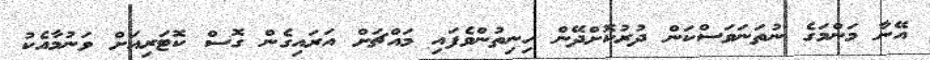
އޭނާ މަންމަގެ ނުތަނަވަސްކަން ދުރުކޮށްދޭން ހިނިތުންވެފައި މައްޗަށް އަރައިގެން ގޮސް ކޮޓަރިއަށް ވަނުމާއެކު